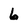
Character: 6